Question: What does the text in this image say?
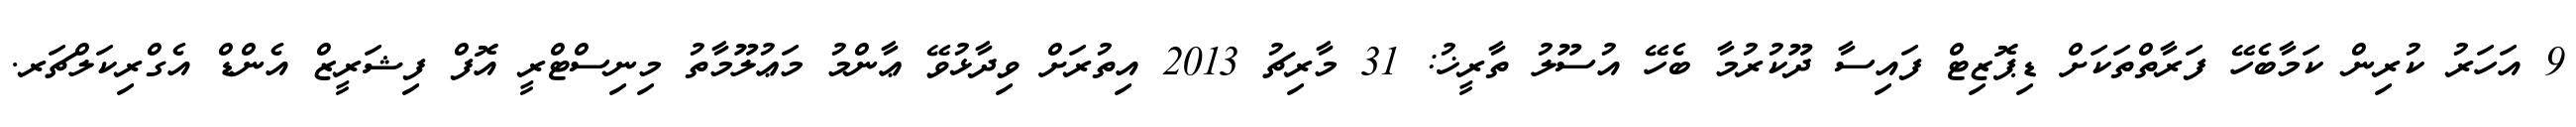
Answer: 9 އަހަރު ކުރިން ކަމާބެހޭ ފަރާތްތަކަށް ޑިޕޮޒިޓް ފައިސާ ދޫކުރުމާ ބެހޭ އުސޫލު ތާރީޚު: 31 މާރިޗު 2013 އިތުރަށް ވިދާޅުވޭ ޢާންމު މަޢުލޫމާތު މިނިސްޓްރީ އޮފް ފިޝަރީޒް އެންޑް އެގްރިކަލްޗަރ.